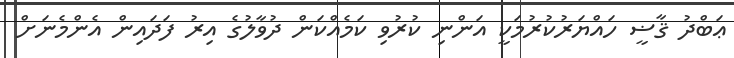
ޢަބްދު ޤާޟީ ހައްޔަރުކުރުމަކީ އަންނި ކުުރުވި ކަމެއްކަން ދުވާލުގެ އިރު ފަދައިން އެންމެނަށް